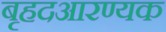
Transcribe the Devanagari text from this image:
बृहदआरण्यक